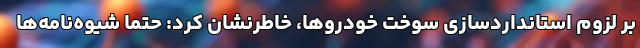
بر لزوم استانداردسازی سوخت خودروها، خاطرنشان کرد: حتما شیوه‌نامه‌ها